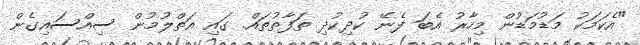
"އެކަމަކު މަޑުމަޑުން މިހާރު އެބަ ފެނޭ ކުދިކުދި ތަފާތުތައް. ގައި އަތްލުމުން ސިއްސައިގެން